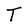
Character: T